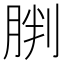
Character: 𫆠